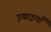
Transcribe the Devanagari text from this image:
इखाइयाँ